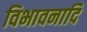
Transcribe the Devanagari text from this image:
विभावनादि